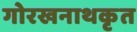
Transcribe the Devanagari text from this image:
गोरखनाथकृत